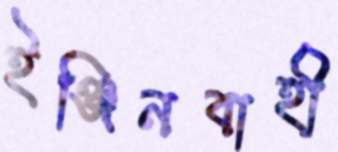
ইঞ্জিনবাহী